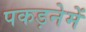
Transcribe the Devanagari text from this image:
पकड़नेमें